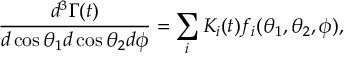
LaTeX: \frac { d ^ { 3 } \Gamma ( t ) } { d \cos \theta _ { 1 } d \cos \theta _ { 2 } d \phi } = \sum _ { i } K _ { i } ( t ) f _ { i } ( \theta _ { 1 } , \theta _ { 2 } , \phi ) ,